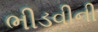
ભીડવીની